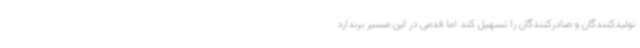
تولیدکنندگان و صادرکنندگان را تسهیل کند اما قدمی در این مسیر برندارد